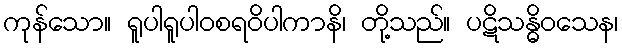
ကုန်သော။ ရူပါရူပါဝစရဝိပါကာနိ၊ တို့သည်။ ပဋိသန္ဓိဝသေန၊